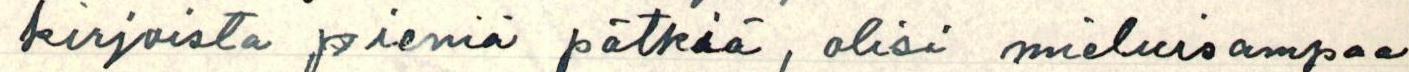
kirjoista pieniä pätkiä, olisi mieluisampaa